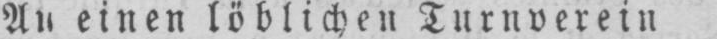
Au einen löblichen Turnverein